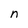
Character: n